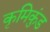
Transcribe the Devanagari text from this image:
कृमिकुंड